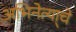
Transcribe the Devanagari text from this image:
अभिनेत्या्चे